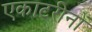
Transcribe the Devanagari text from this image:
एकाटरीनों